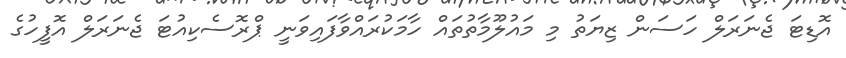
އޮޑިޓަ ޖެނަރަލް ހަސަން ޒިޔަތު މި މައުލޫމާތުތައް ހާމަކުރައްވާފައިވަނީ ޕްރޮސެކިއުޓަ ޖެނަރަލް އޮފީހުގެ